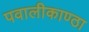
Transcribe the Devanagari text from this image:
पवालीकाण्ठा